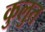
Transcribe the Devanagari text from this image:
कुलुत